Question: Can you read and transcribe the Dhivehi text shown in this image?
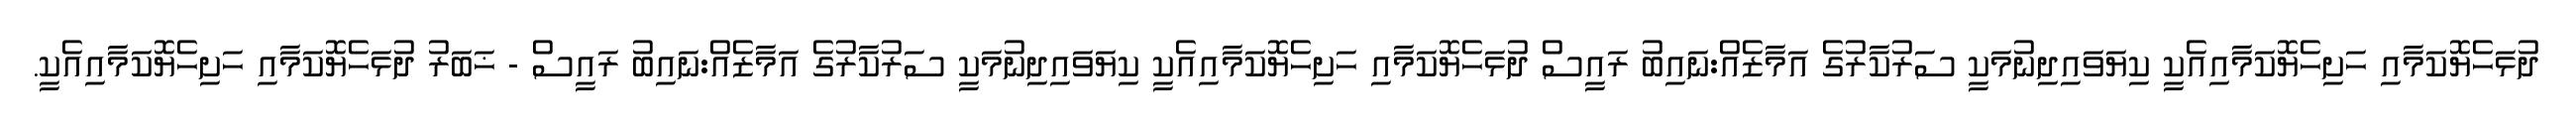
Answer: ދުޅަހެޔޮކަމާއި ހަށިހެޔޮކަމާއިއެކީ ކިޔަވައިދިނުމަކީ ސަރުކާރުގެ އަމާޒެއް:ނައިބު ރައީސް ދުޅަހެޔޮކަމާއި ހަށިހެޔޮކަމާއިއެކީ ކިޔަވައިދިނުމަކީ ސަރުކާރުގެ އަމާޒެއް:ނައިބު ރައީސް - ޚަބަރު ދުޅަހެޔޮކަމާއި ހަށިހެޔޮކަމާއިއެކީ.